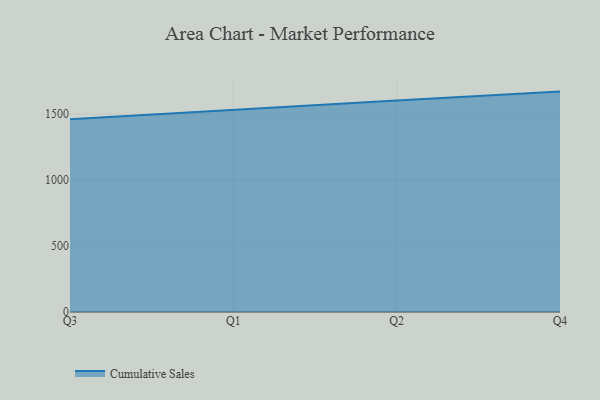
{"axis": {"x": "Quarter", "y": "Temperature (°C)"}, "legend": ["Cumulative Sales"], "data": [{"x": "Q3", "y": 1461.0, "type": "Cumulative Sales"}, {"x": "Q1", "y": 1533.5, "type": "Cumulative Sales"}, {"x": "Q2", "y": 1601.9, "type": "Cumulative Sales"}, {"x": "Q4", "y": 1669.5, "type": "Cumulative Sales"}]}